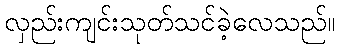
လှည်းကျင်းသုတ်သင်ခဲ့လေသည်။